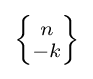
{\textstyle \left\{{\!n\! \atop \!-k\!}\right\}}